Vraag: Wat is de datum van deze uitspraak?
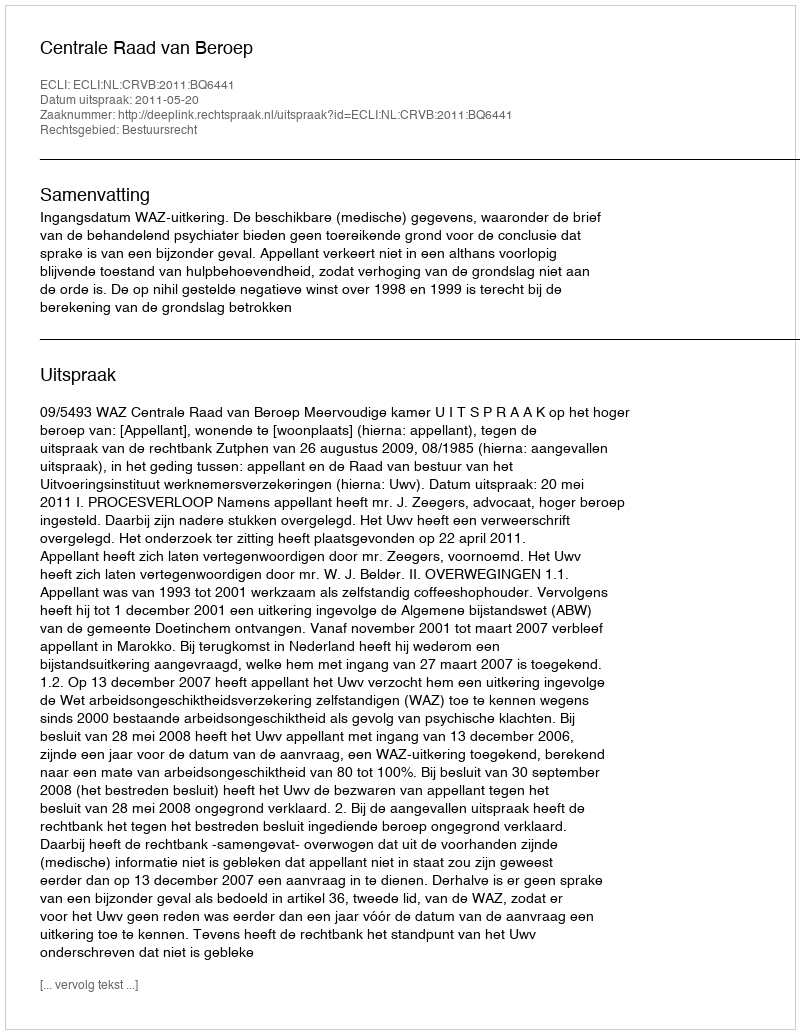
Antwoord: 2011-05-20